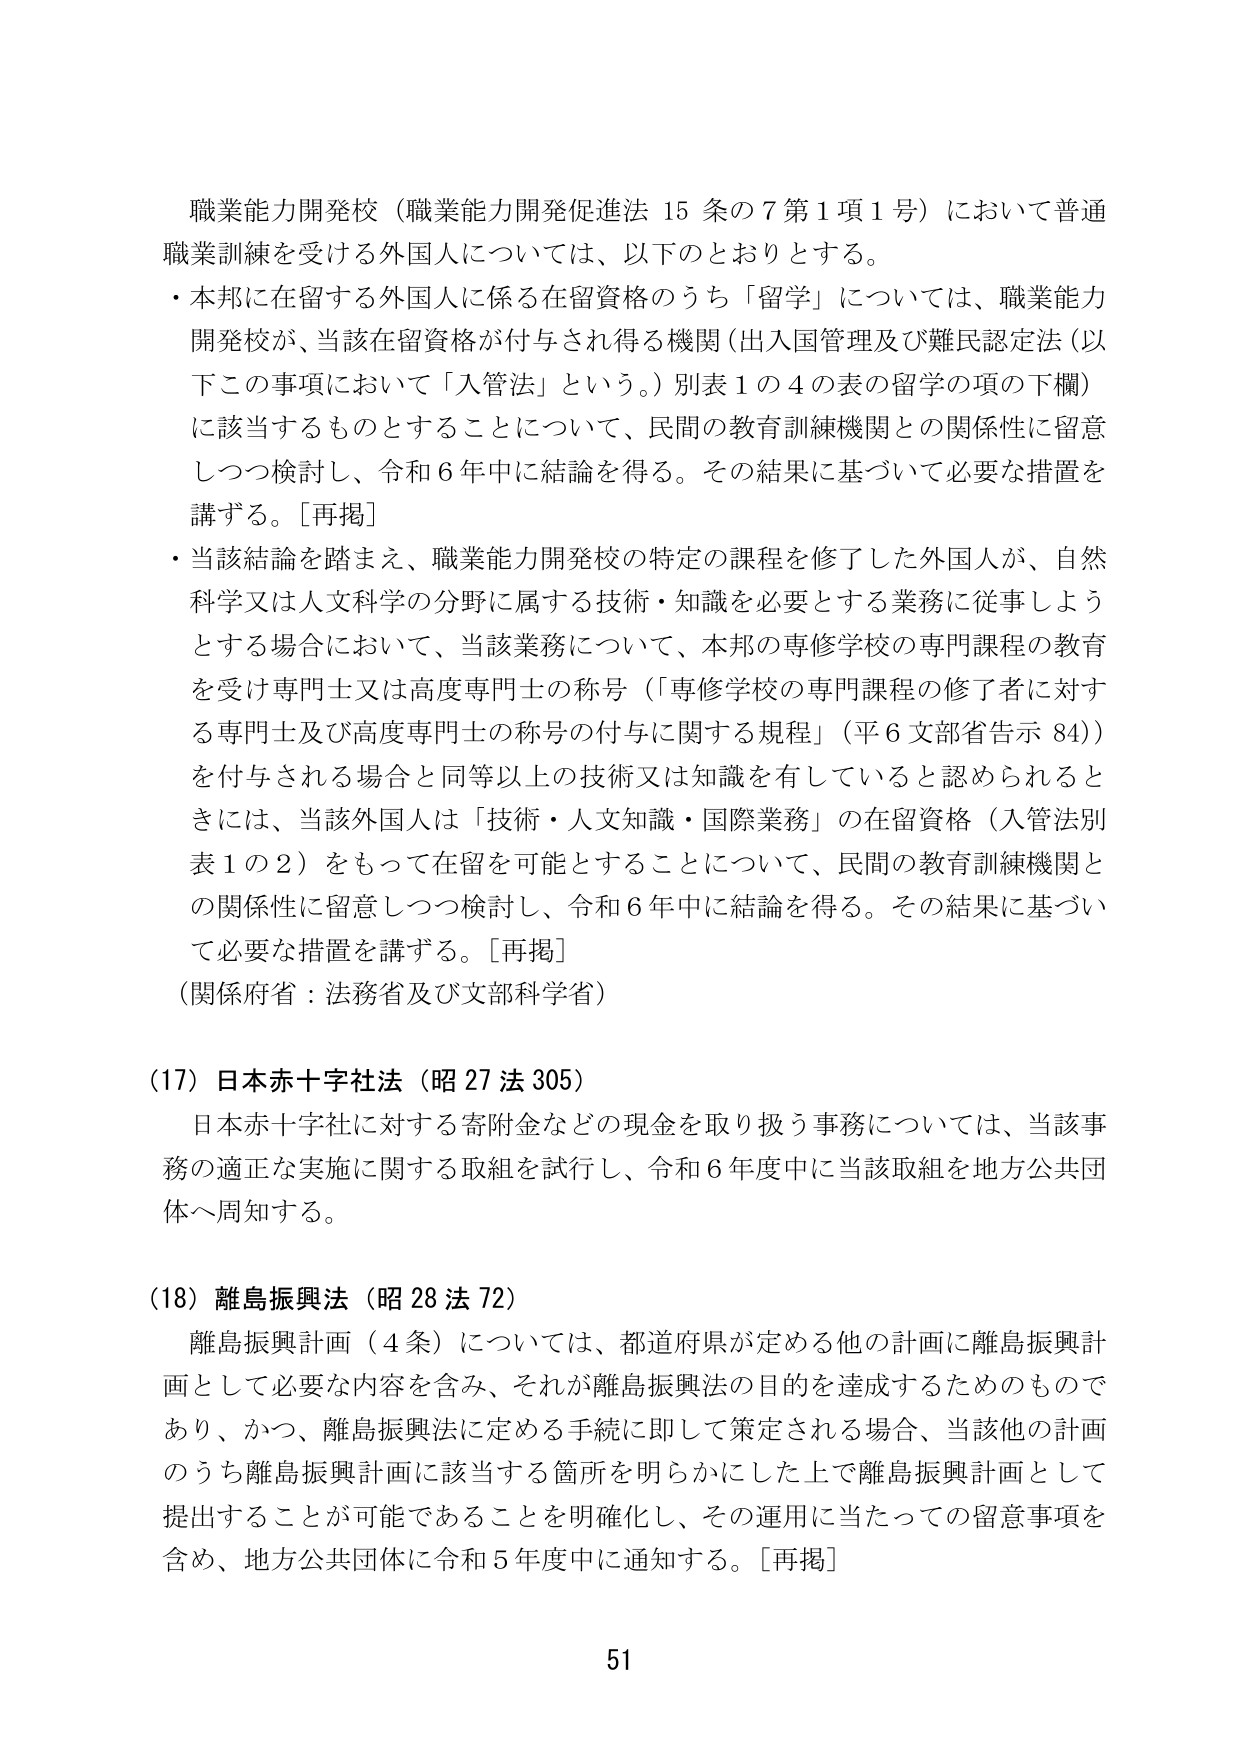
職業能力開発校（職業能力開発促進法 15 条の7第1項1号）において普通職業訓練を受ける外国人については、以下のとおりとする。

・本邦に在留する外国人に係る在留資格のうち「留学」については、職業能力開発校が、当該在留資格が付与され得る機関（出入国管理及び難民認定法（以下この事項において「入管法」という。）別表1の4の表の留学の項の下欄）に該当するものとすることについて、民間の教育訓練機関との関係性に留意しつつ検討し、令和6年中に結論を得る。その結果に基づいて必要な措置を講ずる。[再掲]

・当該結論を踏まえ、職業能力開発校の特定の課程を修了した外国人が、自然科学又は人文科学の分野に属する技術・知識を必要とする業務に従事しようとする場合において、当該業務について、本邦の専修学校の専門課程の教育を受け専門士又は高度専門士の称号（「専修学校の専門課程の修了者に対する専門士及び高度専門士の称号の付与に関する規程」（平6文部省告示84））を付与される場合と同等以上の技術又は知識を有していると認められるときには、当該外国人は「技術・人文知識・国際業務」の在留資格（入管法別表1の2）をもって在留を可能とすることについて、民間の教育訓練機関との関係性に留意しつつ検討し、令和6年中に結論を得る。その結果に基づいて必要な措置を講ずる。[再掲]

（関係府省：法務省及び文部科学省）

（17）日本赤十字社法（昭27法305）

日本赤十字社に対する寄附金などの現金を取り扱う事務については、当該事務の適正な実施に関する取組を試行し、令和6年度中に当該取組を地方公共団体へ周知する。

（18）離島振興法（昭28法72）

離島振興計画（4条）については、都道府県が定める他の計画に離島振興計画として必要な内容を含み、それが離島振興法の目的を達成するためのものであり、かつ、離島振興法に定める手続に即して策定される場合、当該他の計画のうち離島振興計画に該当する箇所を明らかにした上で離島振興計画として提出することが可能であることを明確化し、その運用に当たっての留意事項を含め、地方公共団体に令和5年度中に通知する。[再掲]

51